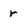
Character: r